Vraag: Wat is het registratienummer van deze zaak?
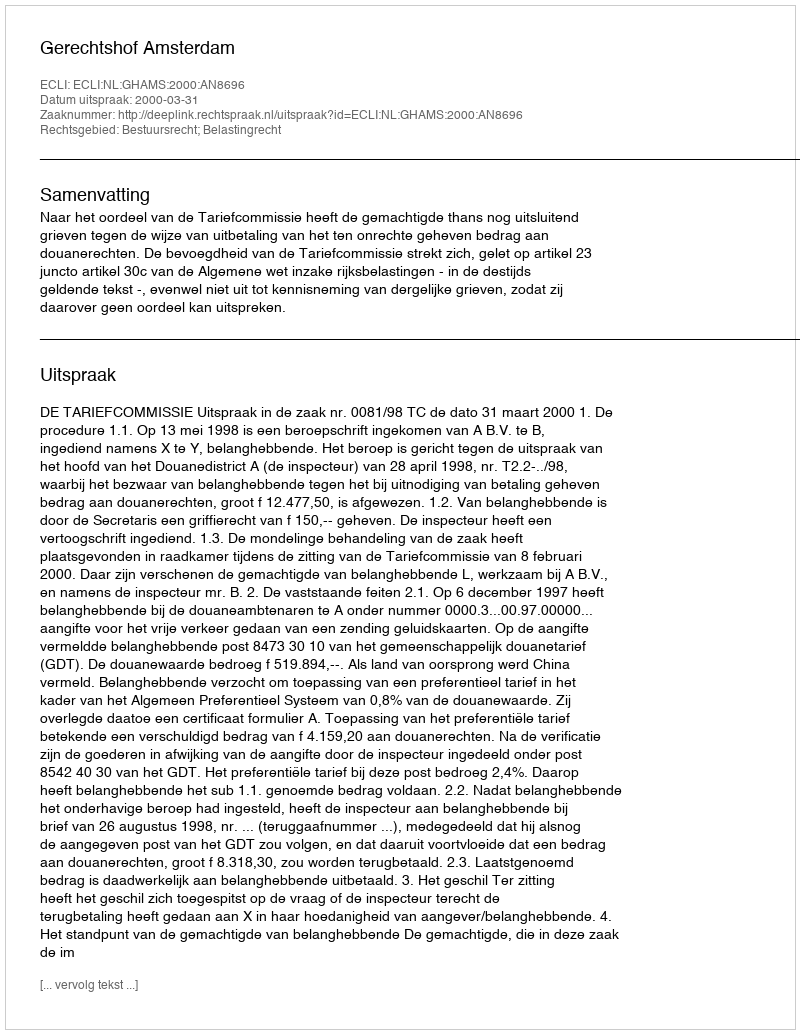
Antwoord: http://deeplink.rechtspraak.nl/uitspraak?id=ECLI:NL:GHAMS:2000:AN8696